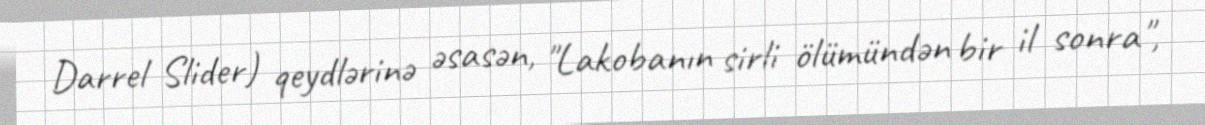
Darrel Slider) qeydlərinə əsasən, "Lakobanın sirli ölümündən bir il sonra",